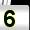
Digit: 5